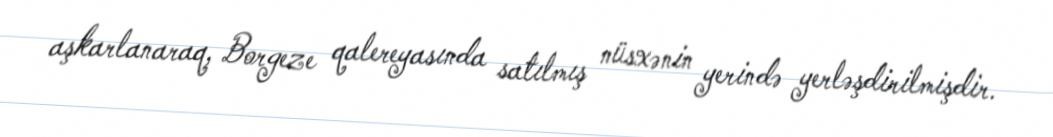
aşkarlanaraq, Borgeze qalereyasında satılmış nüsxənin yerində yerləşdirilmişdir.